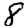
Digit: 8